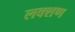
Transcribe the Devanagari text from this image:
लक्शण